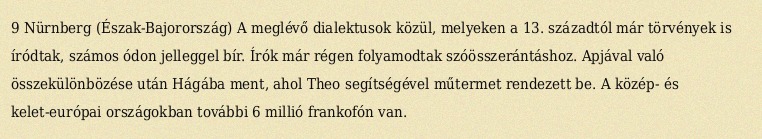
9 Nürnberg (Észak-Bajorország) A meglévő dialektusok közül, melyeken a 13. századtól már törvények is íródtak, számos ódon jelleggel bír. Írók már régen folyamodtak szóösszerántáshoz. Apjával való összekülönbözése után Hágába ment, ahol Theo segítségével műtermet rendezett be. A közép- és kelet-európai országokban további 6 millió frankofón van.